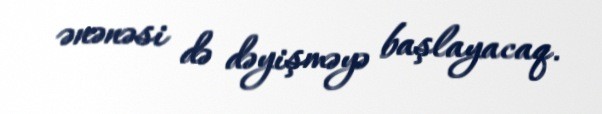
ənənəsi də dəyişməyə başlayacaq.